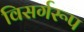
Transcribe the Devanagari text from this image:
विसर्गरूप